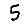
Digit: 5